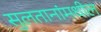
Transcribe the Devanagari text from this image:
सुलतानांमधील